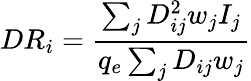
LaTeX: DR_{i}=\frac{\sum_{j}D_{ij}^{2}w_{j}I_{j}}{q_{e}\sum_{j}D_{ij}w_{j}}